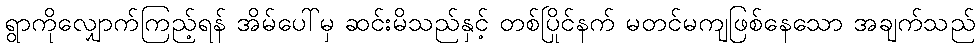
ရွာကိုလျှောက်ကြည့်ရန် အိမ်ပေါ်မှ ဆင်းမိသည်နှင့် တစ်ပြိုင်နက် မတင်မကျဖြစ်နေသော အချက်သည်